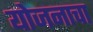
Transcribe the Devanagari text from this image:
योजनाचा